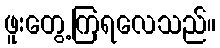
ဖူးတွေ့ကြရလေသည်။